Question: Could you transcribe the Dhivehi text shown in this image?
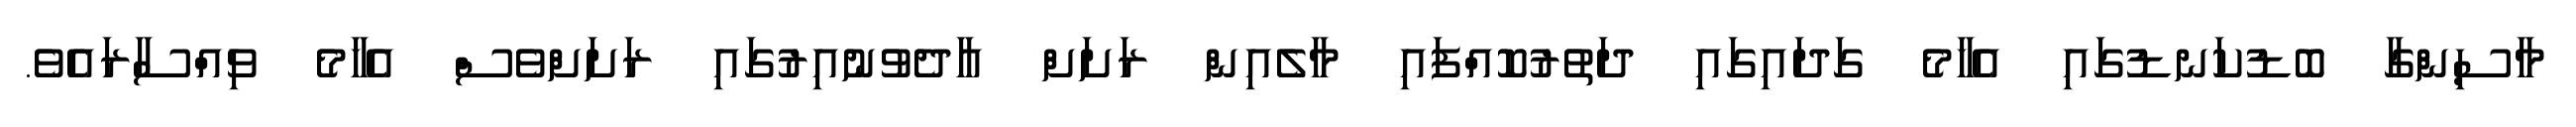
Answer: މާސިންގާ ބޮޑުކަނޑުގައި އެހާމެ ގަދައިގައި ދަތުރުކޮއްފައި މާލެއިން ރަށަށް އާދެވުނުއިރުގައި ރަށަށްވެސް އެހާމެ ވިއްސާރައެވެ.